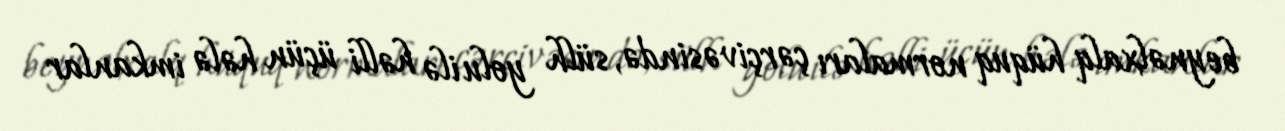
beynəlxalq hüquq normaları çərçivəsində, sülh yolu ilə həlli üçün hələ imkanlar